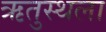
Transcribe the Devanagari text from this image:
ऋतुस्थला